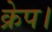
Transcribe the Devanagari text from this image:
क्रेप।